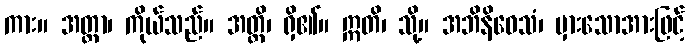
ကား။ အတ္တာ၊ ကိုယ်သည်။ အတ္ထိ၊ ရှိ၏။ ဣတိ၊ သို့။ အဘိနိဝေသံ၊ မှားသောအားဖြင့်